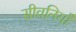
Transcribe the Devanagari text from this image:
सीवनियाँ